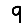
Digit: 9